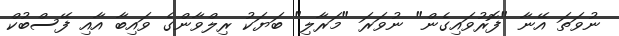
ނުވަތަ އޭނާ "ފޮރުވައިގެން" ނުވަރަ "މަރާލި" ބަޔަކު ރިލްވާންގެ ވައިބާ އާއި ފޭސްބުކް